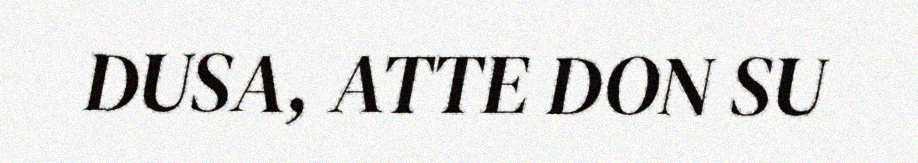
DUSA, ATTE DON SU